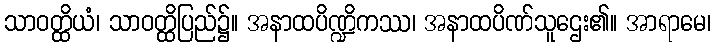
သာဝတ္ထိယံ၊ သာဝတ္ထိပြည်၌။ အနာထပိဏ္ဍိကဿ၊ အနာထပိဏ်သူဌေး၏။ အာရာမေ၊